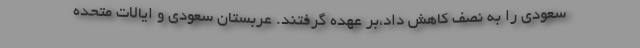
سعودی را به نصف کاهش داد،بر عهده گرفتند. عربستان سعودی و ایالات متحده